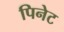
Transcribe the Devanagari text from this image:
पिनेट